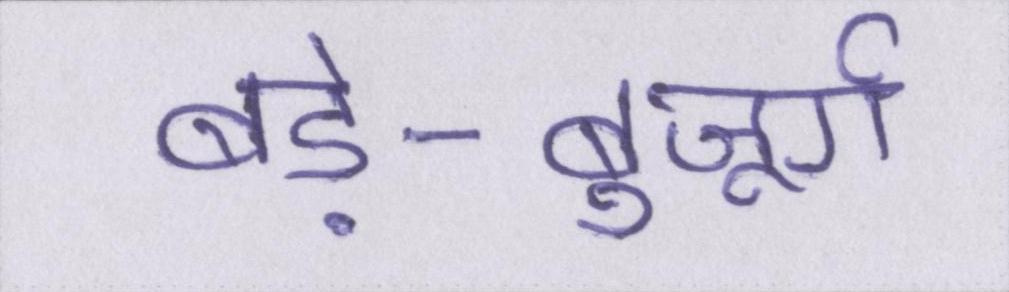
बड़े-बुजूर्ग